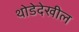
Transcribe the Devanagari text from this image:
थोडेदेखील